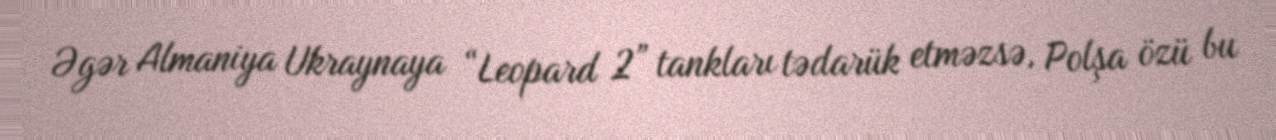
Əgər Almaniya Ukraynaya “Leopard 2” tankları tədarük etməzsə, Polşa özü bu